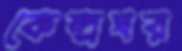
কেন্দ্রঘর